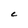
Character: C